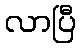
လာပြီ